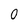
Character: 0